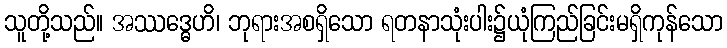
သူတို့သည်။ အဿဒ္ဓေဟိ၊ ဘုရားအစရှိသော ရတနာသုံးပါး၌ယုံကြည်ခြင်းမရှိကုန်သော